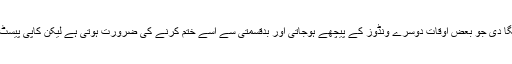
کام کرنے سے پہلے اپ ڈیٹ کا طریقہ کار تبدیل ہوگیا لیکن اس نے ایک اسٹیٹس ونڈو لگا دی جو بعض اوقات دوسرے ونڈوز کے پیچھے ہوجاتی اور بدقسمتی سے اسے ختم کرنے کی ضرورت ہوتی ہے لیکن کاپی پیسٹ مینو کو ختم کر دیا جاتا ہے اور لوگ یہ سوچتے ہیں کہ کاپی پیسٹ کو کیسے چھوڑیں۔